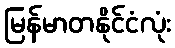
မြန်မာတနိုင်ငံလုံး